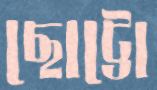
ছোট্টো